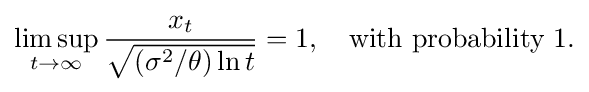
\limsup _{t\to \infty }{\frac {x_{t}}{\sqrt {(\sigma ^{2}/\theta )\ln t}}}=1,\quad {\text{with probability 1.}}